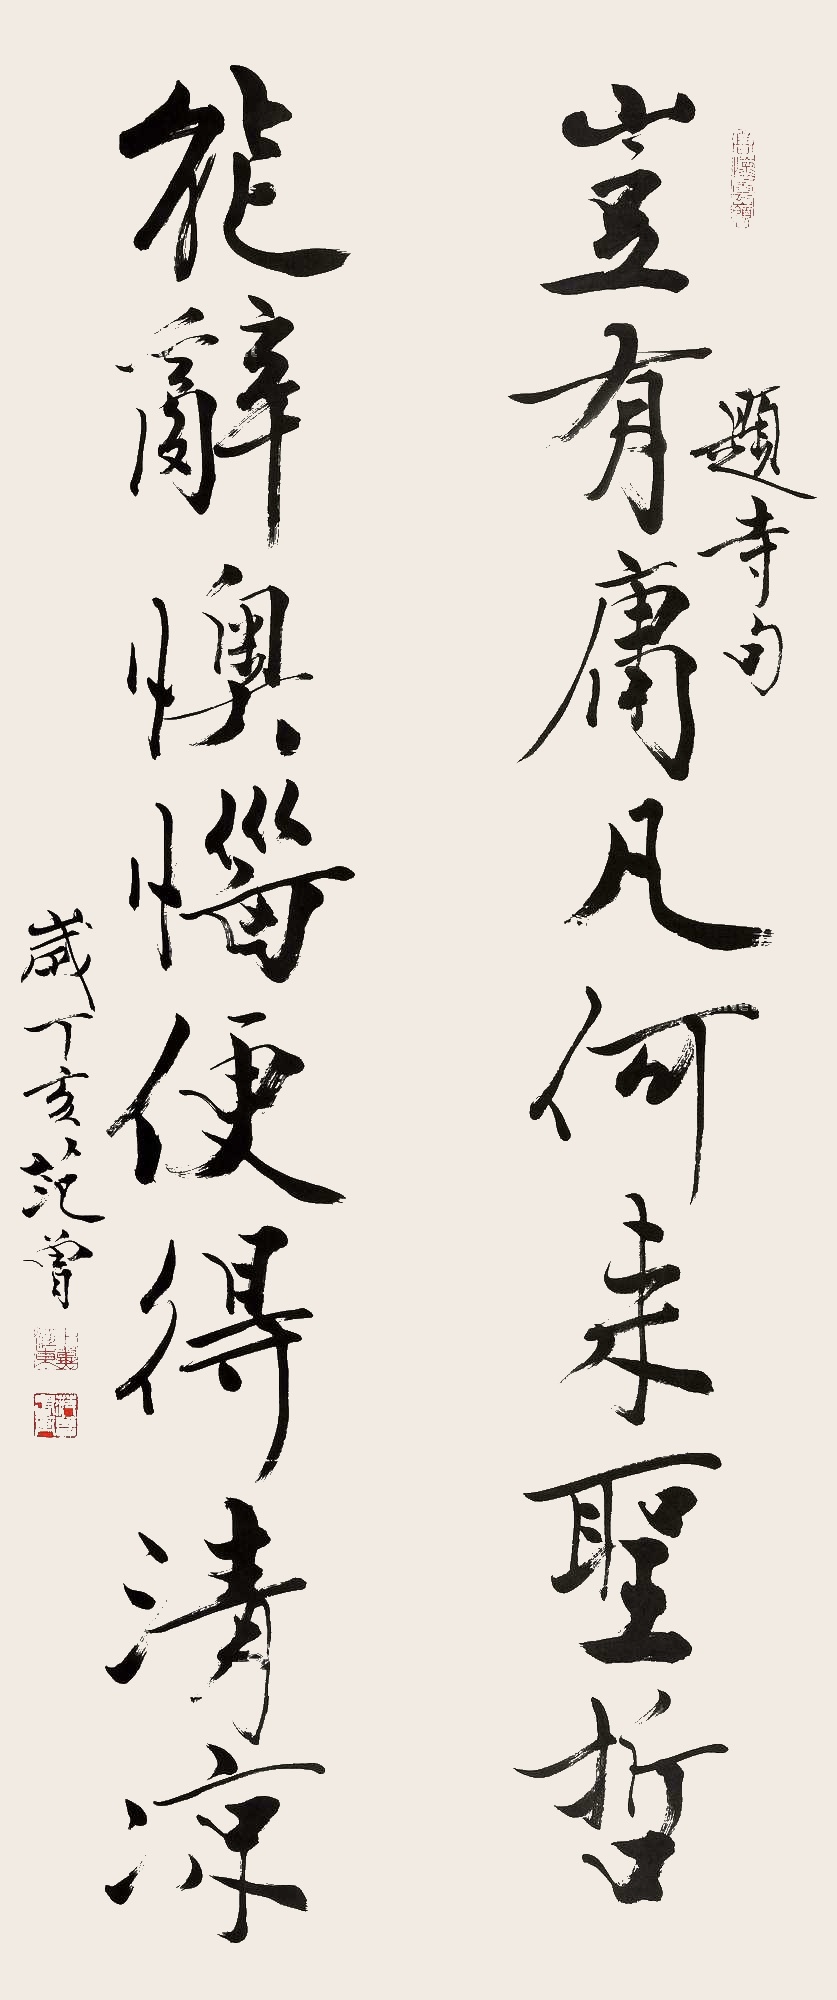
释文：岂有庸凡何来圣哲，能辞懊恼便得清凉。题寺句。岁丁亥范曾。